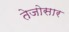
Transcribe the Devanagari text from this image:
तेजोसार